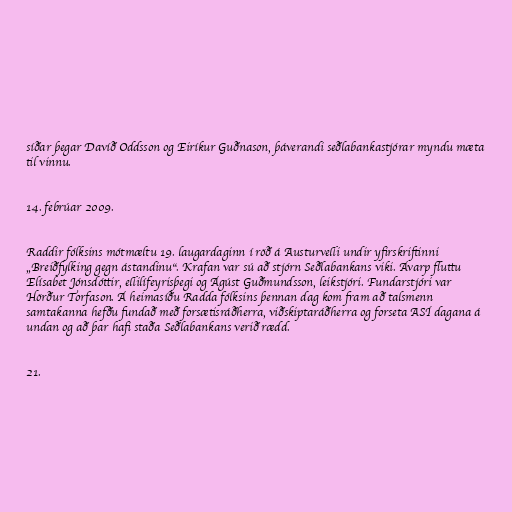
síðar þegar Davíð Oddsson og Eiríkur Guðnason, þáverandi seðlabankastjórar myndu mæta
til vinnu.

14. febrúar 2009.

Raddir fólksins mótmæltu 19. laugardaginn í röð á Austurvelli undir yfirskriftinni
„Breiðfylking gegn ástandinu“. Krafan var sú að stjórn Seðlabankans viki. Ávarp fluttu
Elísabet Jónsdóttir, ellilífeyrisþegi og Ágúst Guðmundsson, leikstjóri. Fundarstjóri var
Hörður Torfason. Á heimasíðu Radda fólksins þennan dag kom fram að talsmenn
samtakanna hefðu fundað með forsætisráðherra, viðskiptaráðherra og forseta ASÍ dagana á
undan og að þar hafi staða Seðlabankans verið rædd.

21.